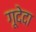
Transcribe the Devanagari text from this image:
गूदेदा